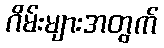
ဂိမ်းများအတွက်